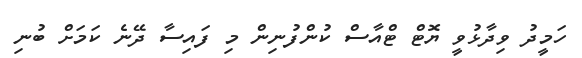
ހަމީދު ވިދާޅުވީ ޔޮޓް ޓްއާސް ކުންފުނިން މި ފައިސާ ދޭނެ ކަމަށް ބުނި